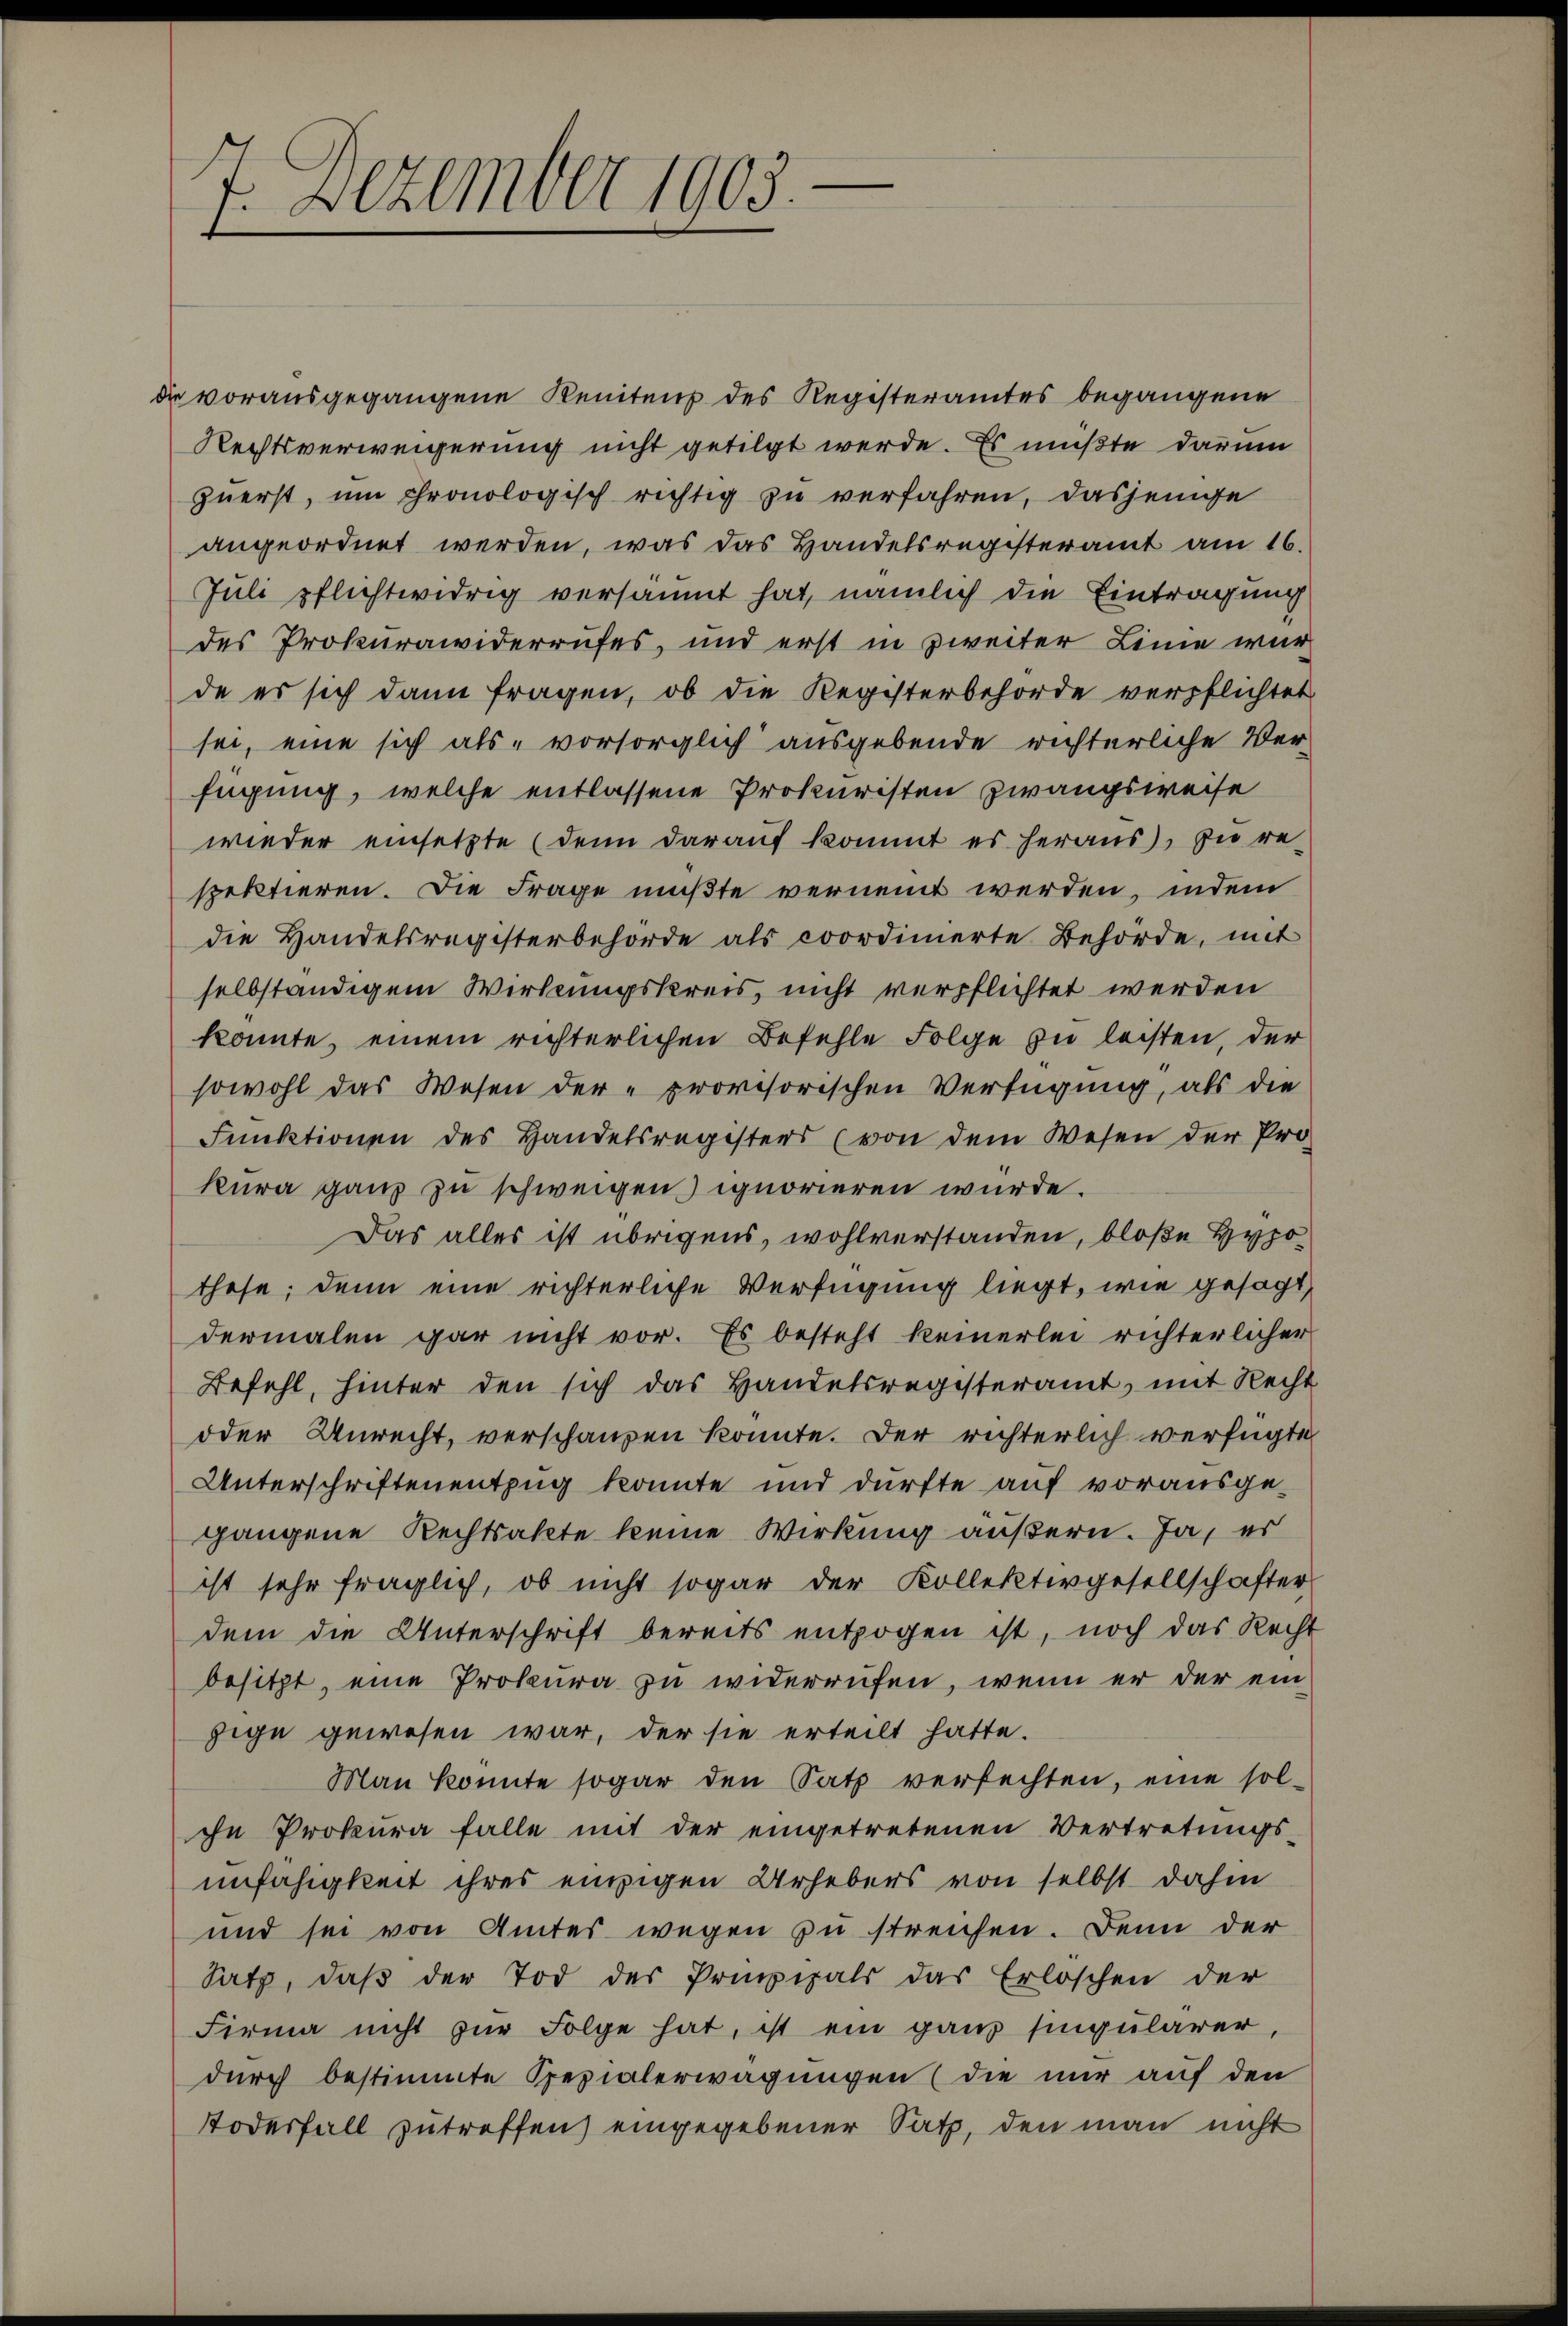
d

7. Dezember 1903.

vorausgegangene Renitens des Registeramtes begangene
Rechtsverweigerung nicht getilgt werde. Es müßte darum
zuerst, um chronologisch richtig zu verfahren, dasjenige
angeordnet werden, was das Handelsregisteramt am 16.
Juli pflichtwidrig versäumt hat, nämlich die Eintragung
des Prokurawiderrufes, und erst in zweiter Leine war
de es sich dann fragen, ob die Registerbehörde verpflichtet
sei, eine sich als „vorsorglich ausgebende richterliche Ver-
fügung, welche entlassene Prokuristen Zwangsweise
wieder einsetzte (denn darauf kommt es heraus), zu re-
spektieren. Die Frage mußte vernennt werden, indem
die Handelsregisterbehörde als coordinierte Behörde, mit
selbständigem Wirkungskreis, nicht verpflichtet werden
konnte, einem richterlichen Befehle Folge zu leisten, der
sowohl das Wesen der provisorischen Verfügung, als die
Funktionen des Handelsregisters (von dem Wesen der Pro
kura ganz zu schweigen ignorieren würde.
Das alles ist übrigens, wohlverstanden, bloße Hypothese; denn eine richterliche Verfügung liegt, wie gesagt,
dermalen gar nicht vor. Es besteht keinerlei richterlicher
Befehl, hinter den sich das Handelsregisteramt, mit Recht
oder Unrecht, verschanzen konnte. Der richterlich verfügte
Unterschriftenentzug konnte und dürfte auf vorausgegangene Rechtsakte keine Wirkung äußern. Ja, er
ist sehr fraglich, ob nicht sogar der Kollektivgesellschafter
dem die Unterschrift bereits entzogen ist, noch das Recht
besitzt, eine Prokura zu widerrufen, wenn er der einzige gewesen war, der sie erteilt hatte.
Man konnte sogar den Satz verfechten, eine sol-
ihn Prokura falle mit der eingetretenen Vertretungs-
unfähigkeit ihres einzigen Urhebers von selbst dahin
und sei von Amtes wegen zu streichen. Denn der
Satz, daβ der Tod des Prinzipals das Erloschen der
Firma nicht zur Folge hat, ist ein ganz singularer,
durch bestimmte Spezialerwägungen (die nur auf den
Todesfall zutreffen) eingegebener Satz, den man nicht